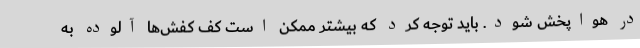
در هواپخش شود. باید توجه کرد که بیشتر ممکن است کف کفش‌ها آلوده به